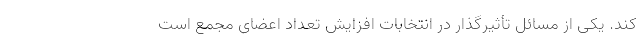
کند. یکی از مسائل تأثیرگذار در انتخابات افزایش تعداد اعضای مجمع است